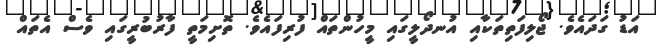
އަޑު ގަދައެވެ. ޖޯލިފަތިތަކާއި އުނދޯލީގައި މީހުންތައް ފުރިފައެވެ. ތޮށިމަތީ ފާރުބުރީގައި ވެސް އެތައް